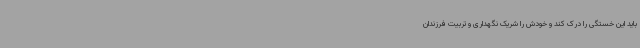
باید این خستگی را درک کند و خودش را شریک نگهداری و تربیت فرزندان